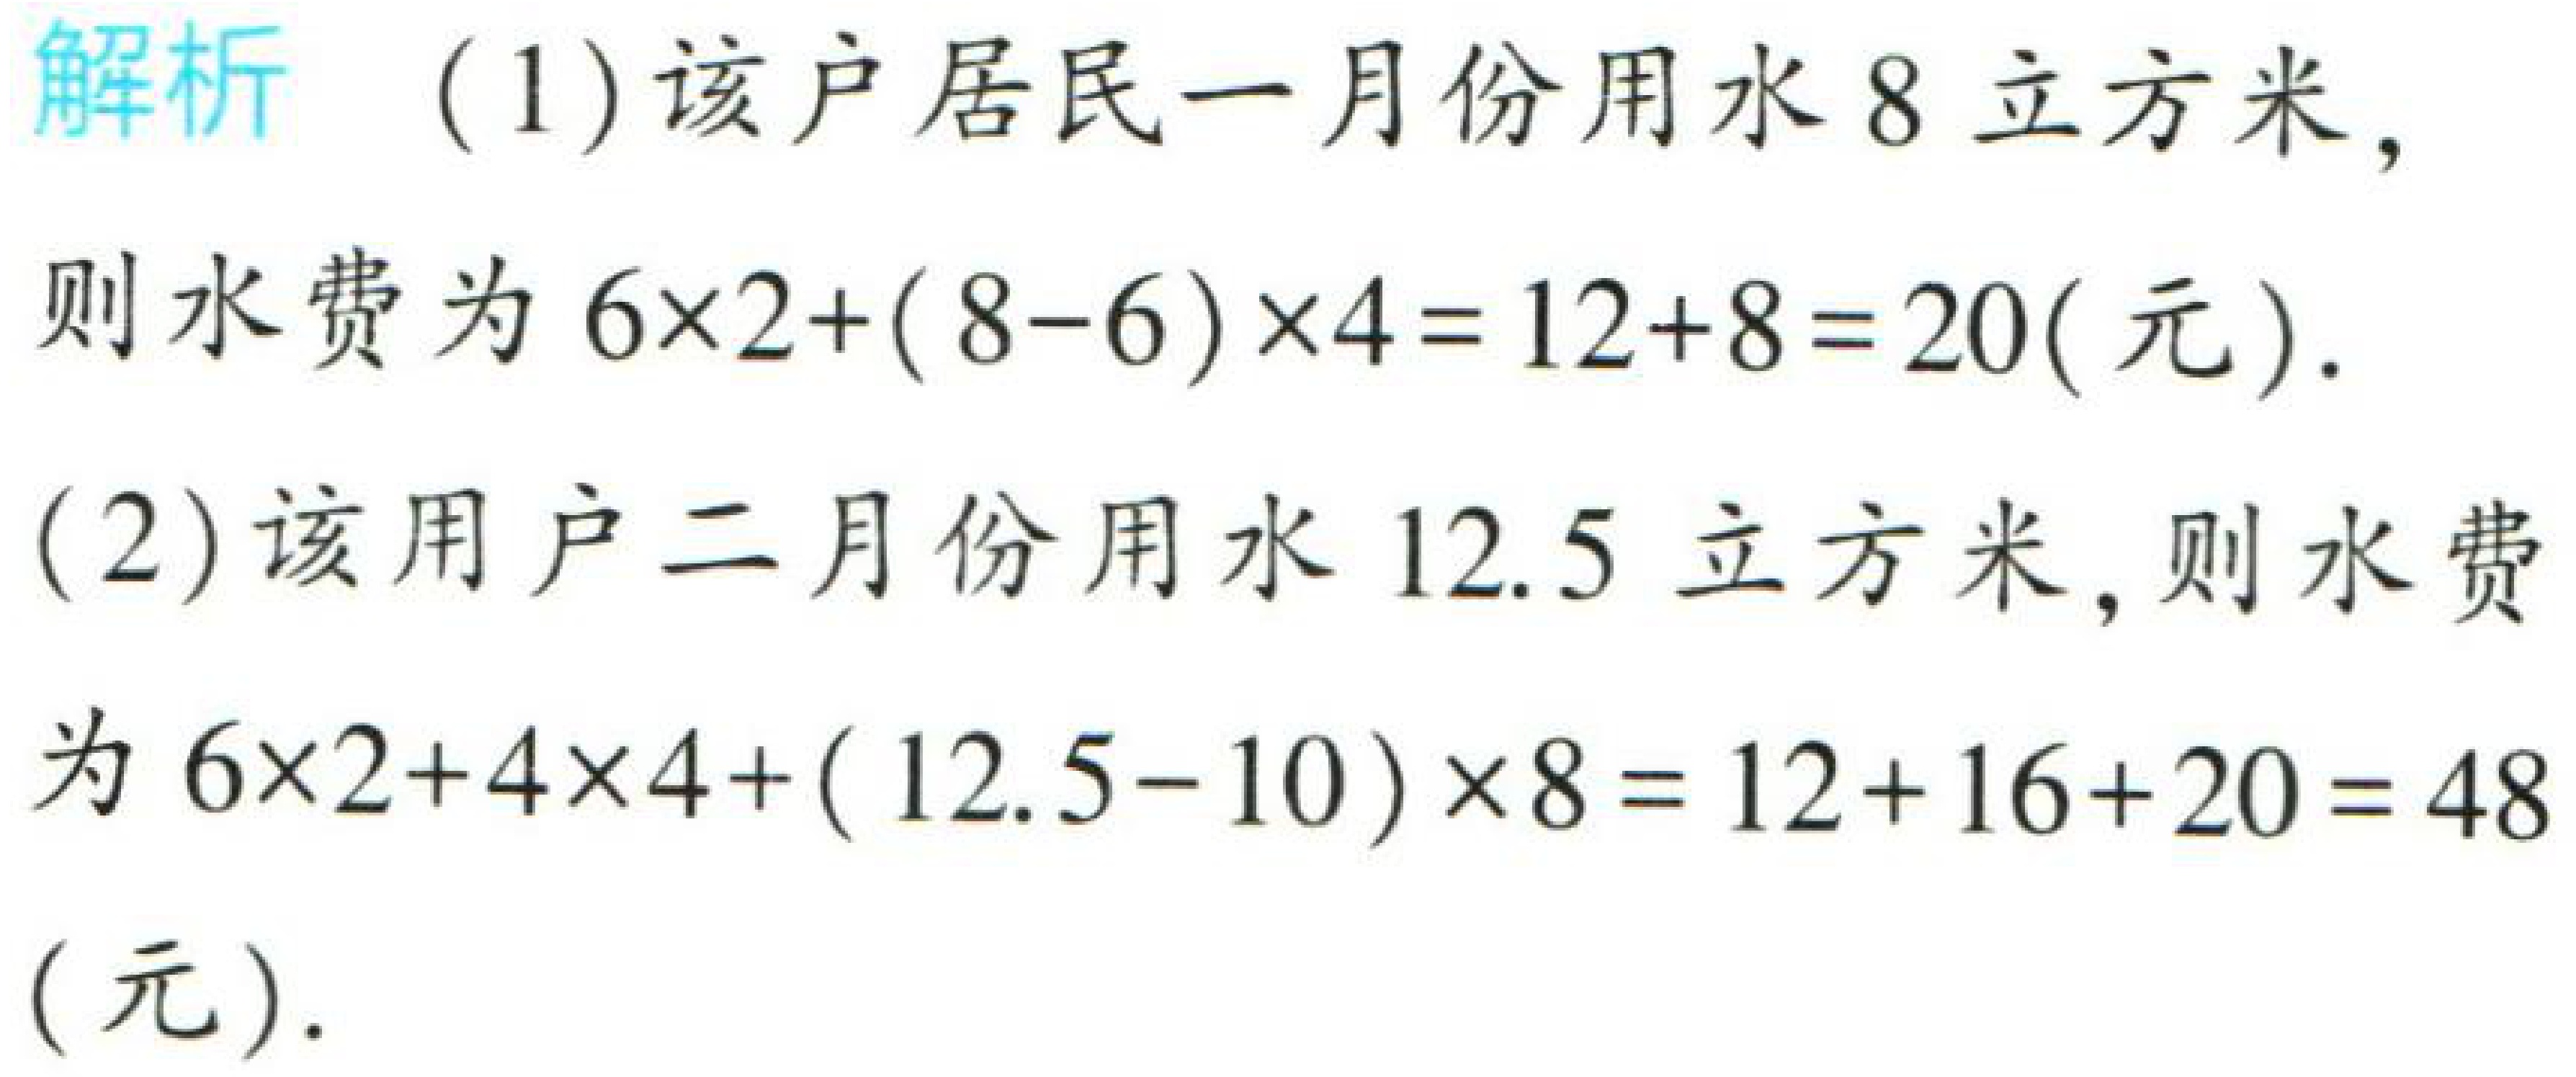
解析 （1）该户居民一月份用水 8 立方米，
则水费为 \(6\times2+(8 - 6)\times4=12 + 8=20\)（元）.
（2）该用户二月份用水 12.5 立方米，则水费
为 \(6\times2+4\times4+(12.5 - 10)\times8=12 + 16+20 = 48\)
（元）.